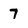
Character: 7